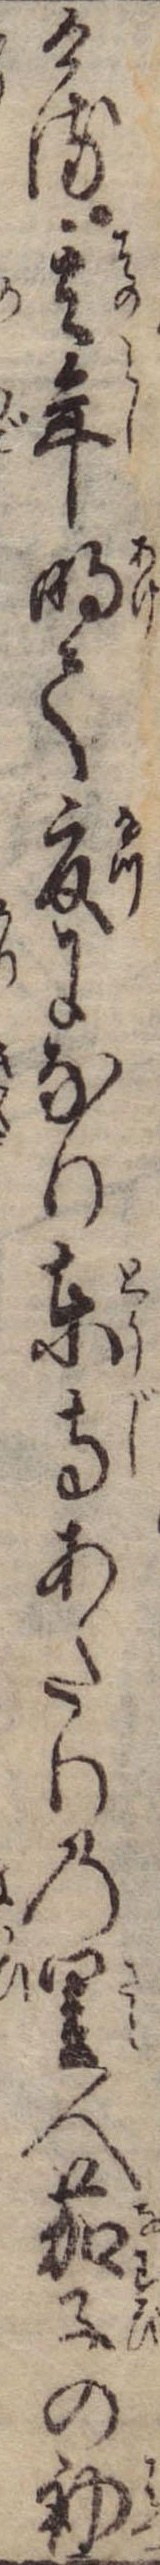
ける其年明て夏になり東寺あたりの里人茄子の初